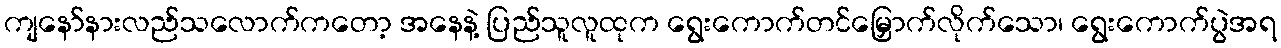
ကျနော်နားလည်သလောက်ကတော့ အနေနဲ့ ပြည်သူလူထုက ရွေးကောက်တင်မြှောက်လိုက်သော၊ ရွေးကောက်ပွဲအရ